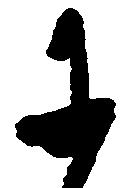
于